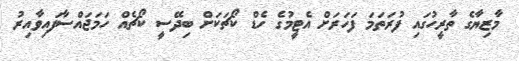
މާޒިޔާގެ ތާރީހުގައި ފުރަތަމަ ފަހަރަށް އެޓީމުގެ ހެޑް ކޯޗަކަށް ބިދޭސީ ކޯޗެއް ހަމަޖައްސާފައިވާއިރު